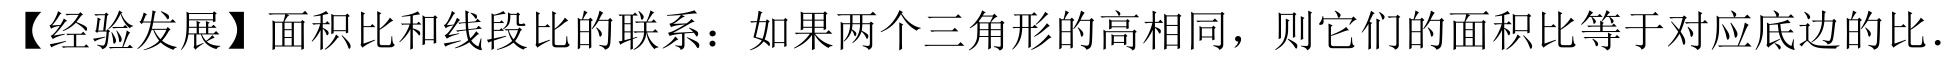
【经验发展】面积比和线段比的联系：如果两个三角形的高相同，则它们的面积比等于对应底边的比.